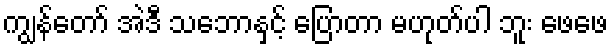
ကျွန်တော် အဲဒီ သဘောနှင့် ပြောတာ မဟုတ်ပါ ဘူး ဖေဖေ